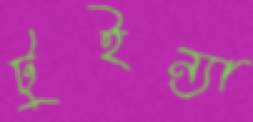
টুইন্যা